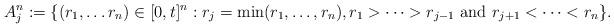
LaTeX: \begin{align*} A^n_j := \{ (r_1, & \dots r_n) \in [0,t]^n : r_j = \textrm{min}(r_1, \dots, r_n), r_1 > \dots > r_{j-1} \textrm{ and } r_{j+1} < \dots < r_n \} . \\\end{align*}